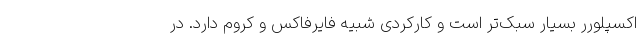
اکسپلورر بسیار سبک‌تر است و کارکردی شبیه فایرفاکس و کروم دارد. در